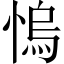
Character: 𢞬